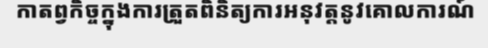
កាតព្វកិច្ចក្នុងការត្រួតពិនិត្យការអនុវត្តនូវគោលការណ៍